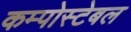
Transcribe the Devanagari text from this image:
कम्पोस्टेबल